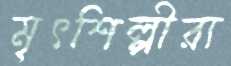
মৃৎশিল্পীরা